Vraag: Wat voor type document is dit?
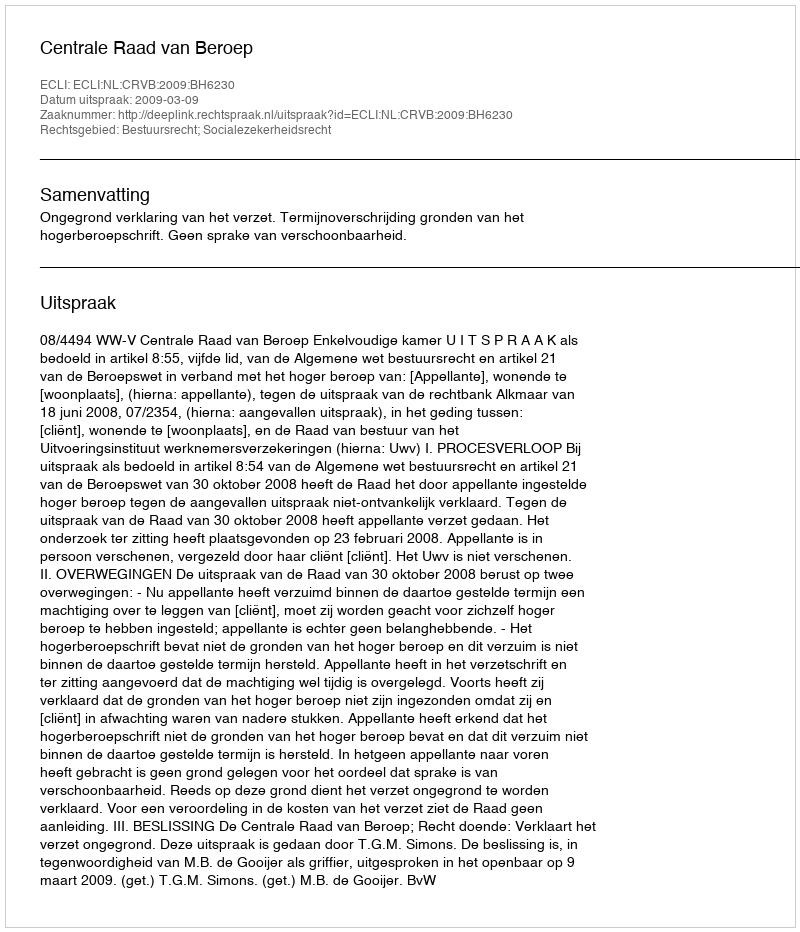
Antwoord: Uitspraak